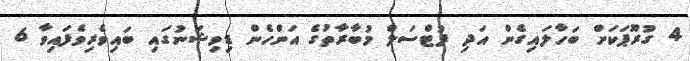
4 ގުރޫޕަކަށް ބަހާލައިގެން އަދި ފުޓްސަލް މުބާރާތުގެ އަންހެން ޑިވިޝަނުގައި ބައިވެރިވެފައިވާ 6